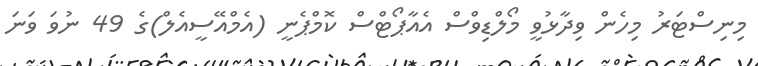
މިނިސްޓަރު މިހެން ވިދާޅުވީ މޯލްޑިވްސް އެއާޕޯޓްސް ކޮމްޕެނީ (އެމްއޭސީއެލް)ގެ 49 ނުވަ ވަނަ